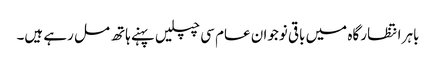
باہر انتظار گاہ میں باقی نوجوان عام سی چپلیں پہنے ہاتھ مل رہے ہیں۔